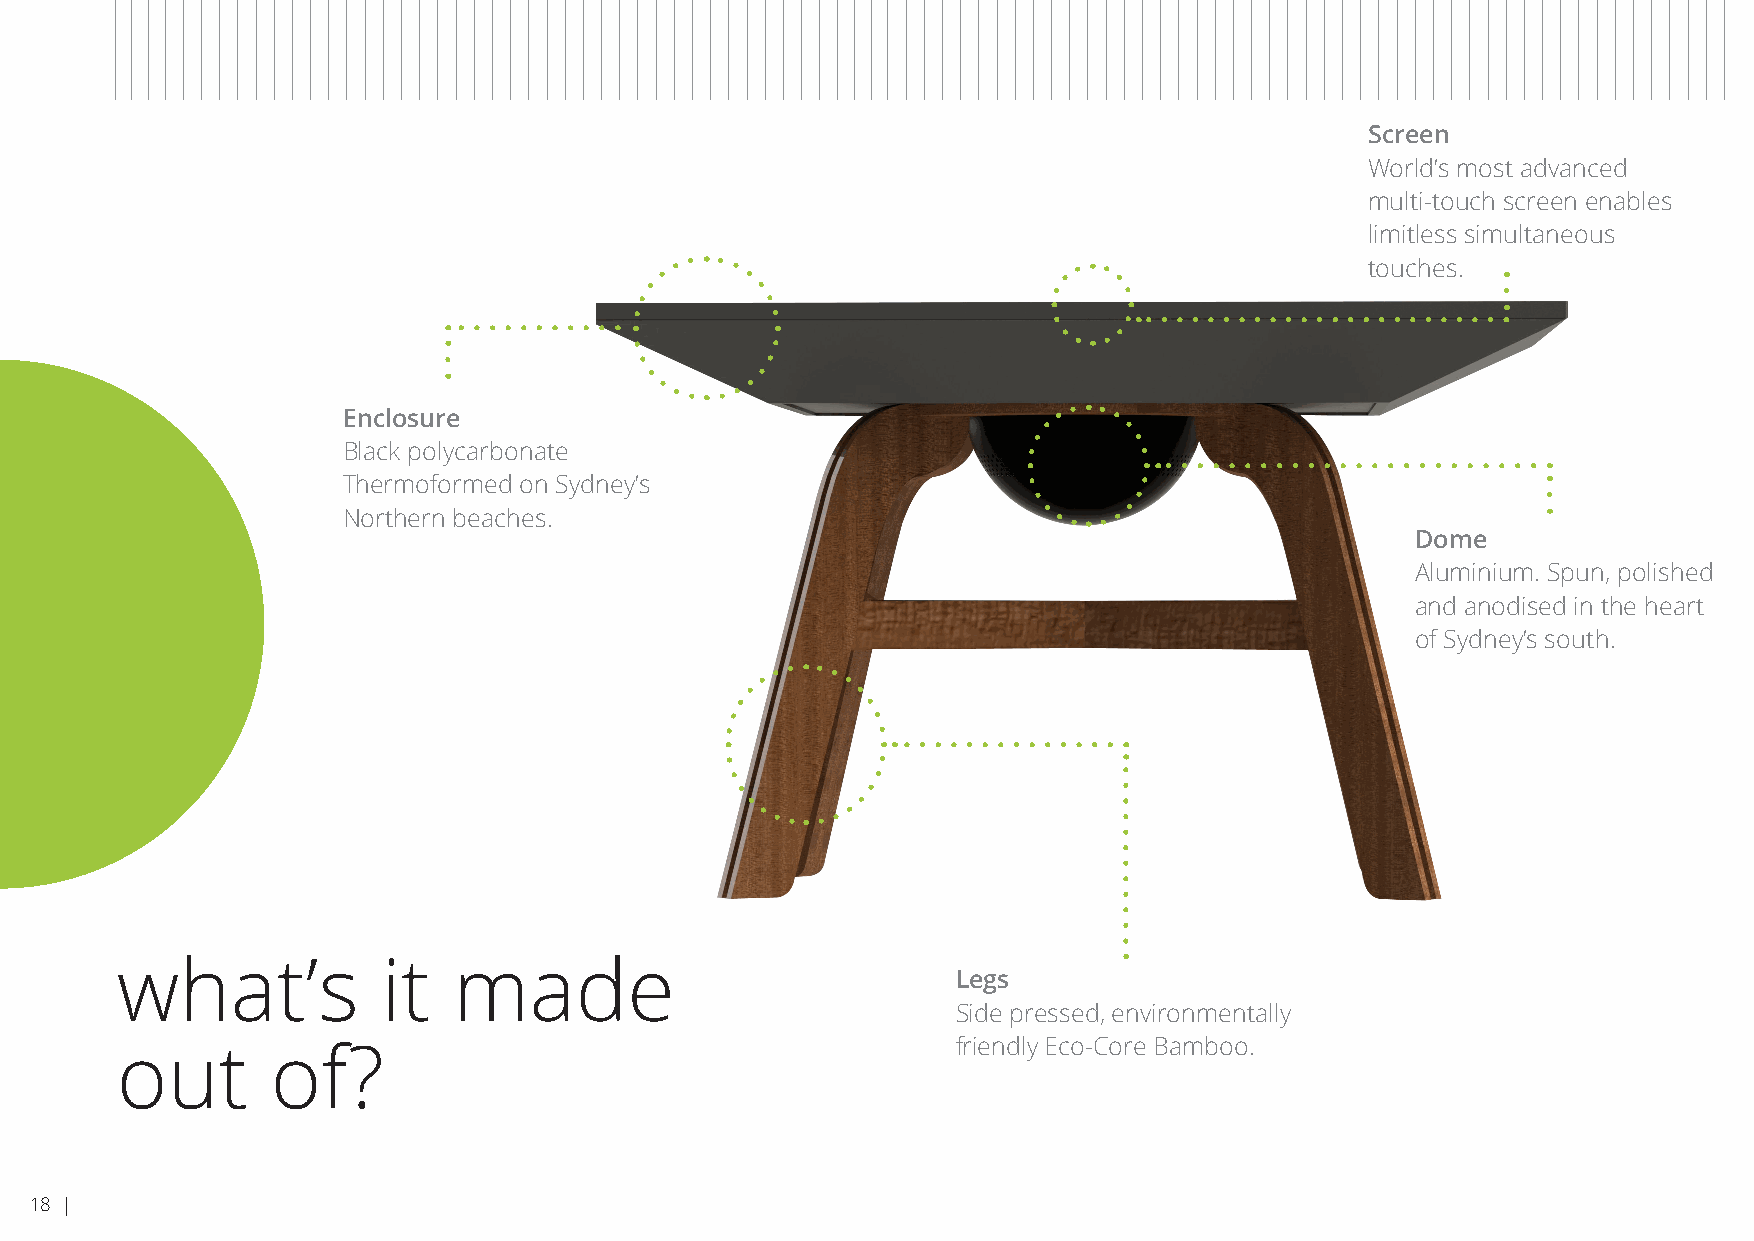
Screen
 World’s most advanced
 multi-touch screen enables
 limitless simultaneous
 touches.
 Enclosure
 Black polycarbonate
 Thermoformed on Sydney’s
 Northern beaches.
 Dome
 Aluminium. Spun, polished
 and anodised in the heart
 of Sydney’s south.
 what’s           it   made
 Legs
 Side pressed, environmentally
 friendly Eco-Core Bamboo.
 out       of?
 18 |